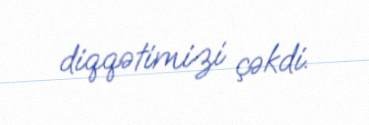
diqqətimizi çəkdi.